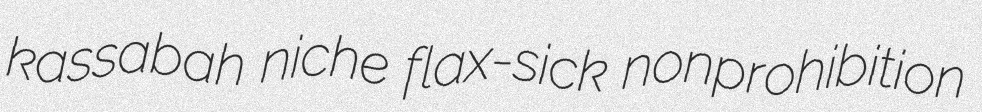
kassabah niche flax-sick nonprohibition